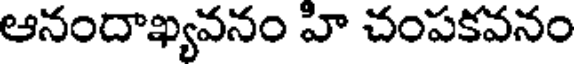
ఆనందాఖ్యవనం హి చంపకవనం